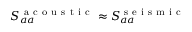
S _ { a a } ^ { \mathrm { ~ a ~ c ~ o ~ u ~ s ~ t ~ i ~ c ~ } } \approx S _ { a a } ^ { \mathrm { ~ s ~ e ~ i ~ s ~ m ~ i ~ c ~ } }